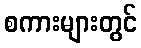
စကားများတွင်